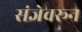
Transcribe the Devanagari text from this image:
संज्ञेवरून